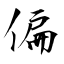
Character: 偏